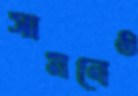
সামনেও